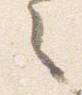
之